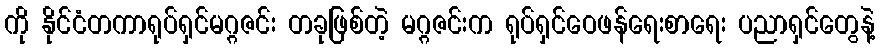
ကို နိုင်ငံတကာရုပ်ရှင်မဂ္ဂဇင်း တခုဖြစ်တဲ့ မဂ္ဂဇင်းက ရုပ်ရှင်ဝေဖန်ရေးစာရေး ပညာရှင်တွေနဲ့